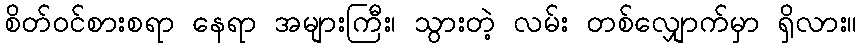
စိတ်ဝင်စားစရာ နေရာ အများကြီး၊ သွားတဲ့ လမ်း တစ်လျှောက်မှာ ရှိလား။